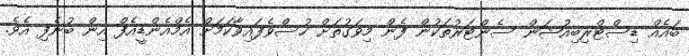
ބައެއް ޑިސްޓްރިބިއުޝަން ސެންޓަރުތަކުން ފެން މިވަގުތަށް ހުސްވެފައިވާކަމަށް އެމްއެންޑީއެފް އިން ބުނެފި އެވެ.